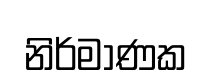
නිර්මාණක